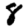
Digit: 8